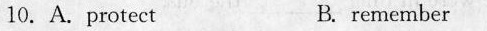
10. A. protect B.remember